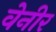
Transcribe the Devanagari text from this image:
वेनीर